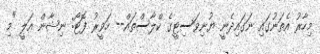
މިހާރު އެތަނުގައި ނަގައިދެނީ ޔުނިވަސިޓީގެ ކްލާސްތައް-- ހަވީރު ފޮޓޯ: ނިޝާން އަލީ "މި